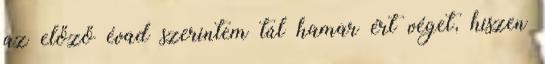
az előző évad szerintem túl hamar ért véget, hiszen